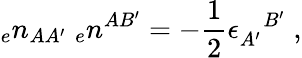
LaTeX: {_{e}n_{AA^{\prime}}}\; {_{e}n^{AB^{\prime}}}=-{\frac{1}{2}}\epsilon_{A^{\prime}}^{\; \; \; B^{\prime}}\; ,